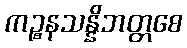
ကဉ္စနသန္နိဘတ္တစေ